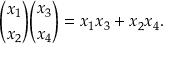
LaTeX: { \binom { x _ { 1 } } { x _ { 2 } } } { \binom { x _ { 3 } } { x _ { 4 } } } = x _ { 1 } x _ { 3 } + x _ { 2 } x _ { 4 } .